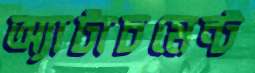
অ্যাটাচমেন্ট